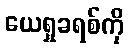
ယေရှုခရစ်ကို